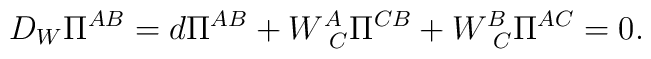
D_{W}\Pi ^{AB}=d\Pi ^{AB}+W_{\,\;C}^{A}\Pi ^{CB}+W_{\,\; C}^{B}\Pi ^{AC}=0.